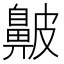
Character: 𪖞